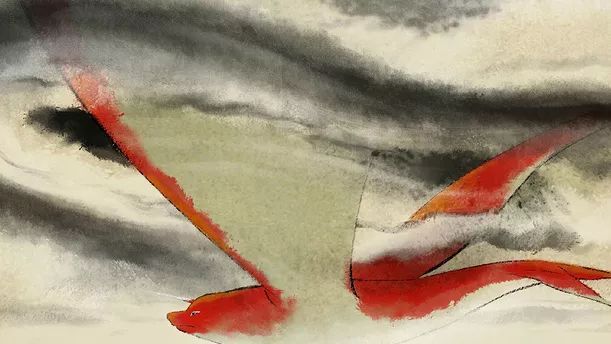
纵浪大化中，不喜亦不惧。